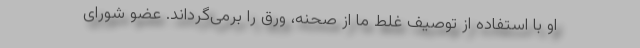
او با استفاده از توصیف غلط ما از صحنه، ورق را برمی‌گرداند. عضو شورای